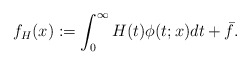
\begin{align*}f_H(x) := \int_0^\infty H(t)\phi(t;x) dt + \bar{f}.\end{align*}